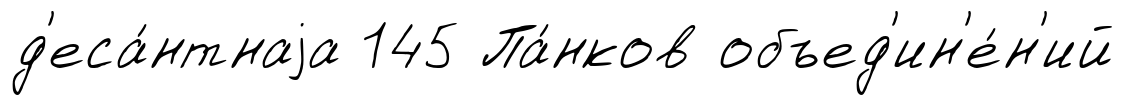
д'еса́нтнаjа 145 Па́нков объед'ин'е́н'ий